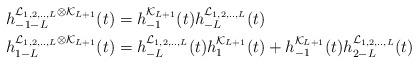
LaTeX: \begin{align*}h_{-1-L}^{\mathcal{L}_{1,2,..,L}\otimes\mathcal{K}_{L+1}}(t)&=h_{-1}^{\mathcal{K}_{L+1}}(t)h_{-L}^{\mathcal{L}_{1,2,..,L}}(t)\\h_{1-L}^{\mathcal{L}_{1,2,..,L}\otimes\mathcal{K}_{L+1}}(t)&=h_{-L}^{\mathcal{L}_{1,2,..,L}}(t)h_{1}^{\mathcal{K}_{L+1}}(t)+h_{-1}^{\mathcal{K}_{L+1}}(t)h_{2-L}^{\mathcal{L}_{1,2,..,L}}(t)\end{align*}